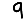
Digit: 9